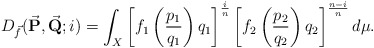
\begin{align*}D_{\vec f}(\vec{\textbf{P}}, \vec{\textbf{Q}};i )= \int_{X} \left[f_1 \left(\frac{p_1}{q_1} \right) q_1 \right]^{\frac{i}{n}} \left[f_2 \left(\frac{p_2}{q_2} \right) q_2 \right]^{\frac{n-i}{n}}d\mu.\end{align*}